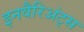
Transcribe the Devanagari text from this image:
इनवैरिअंट्स